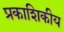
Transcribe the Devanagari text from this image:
प्रकाशिकीय